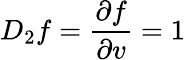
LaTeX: D_{2}f={\frac{\partial f}{\partial v}}=1